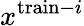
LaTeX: x^{\mathrm{train}-i}